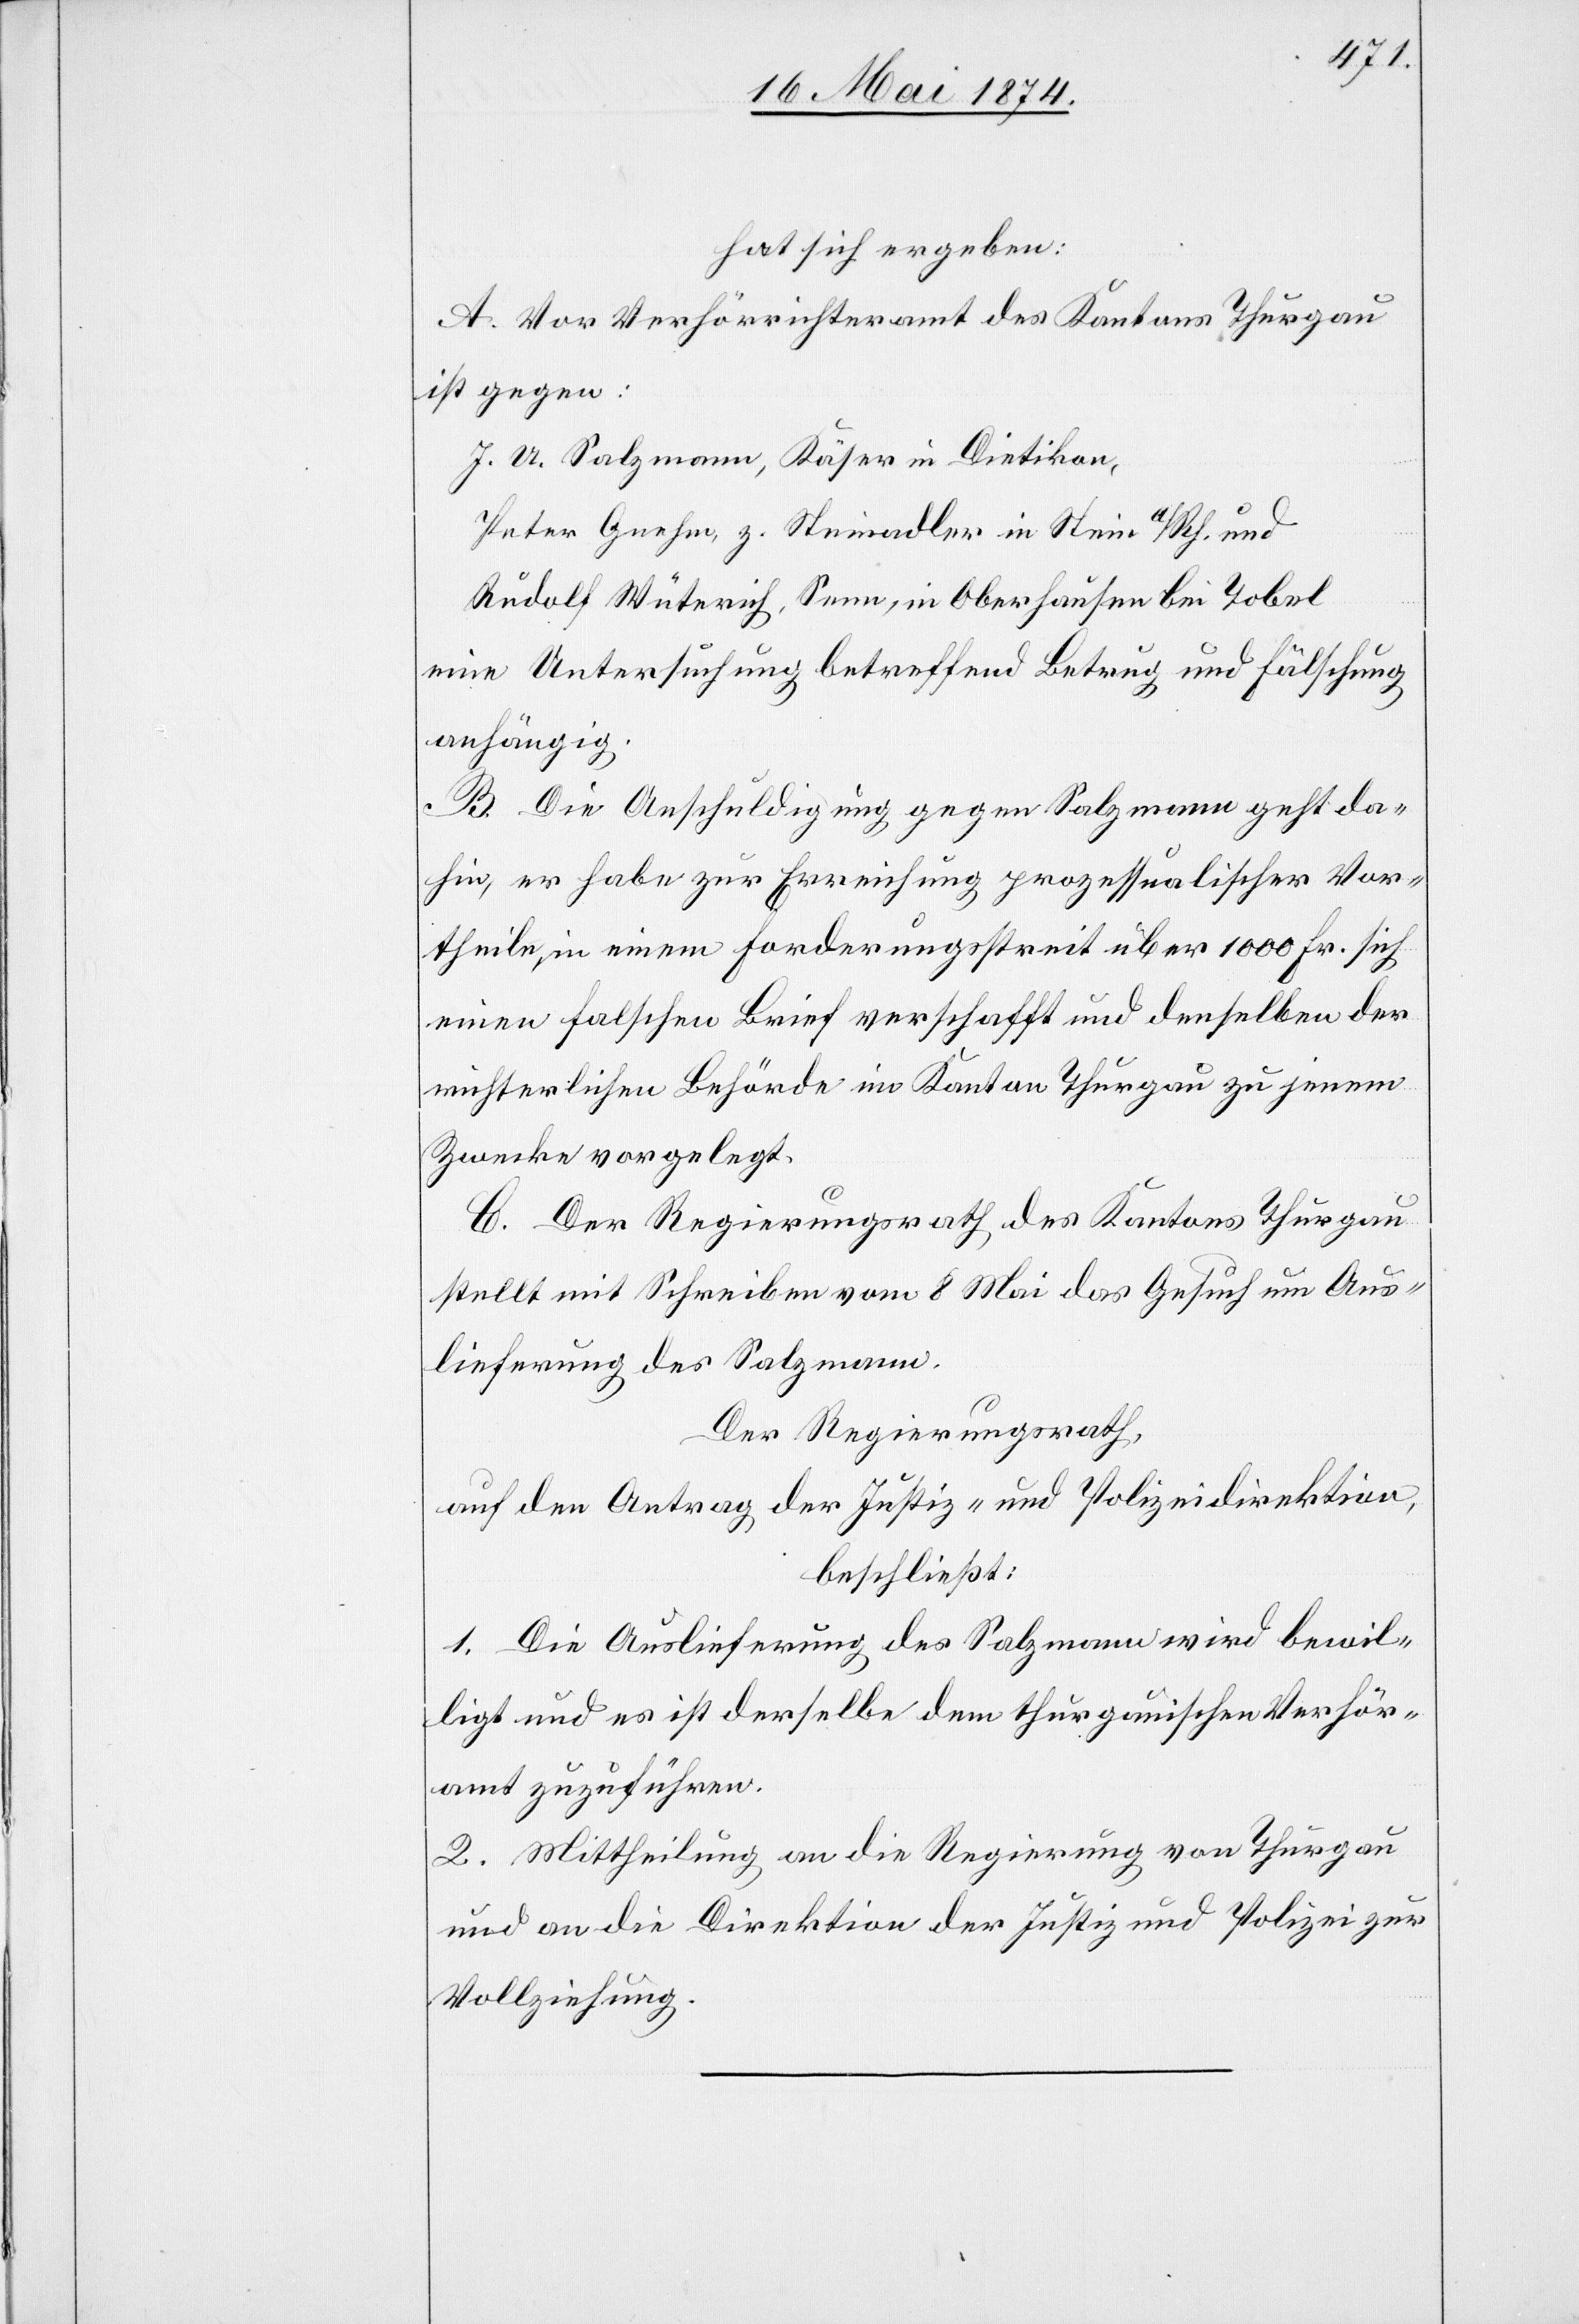
hat sich ergeben:
A. Vor Verhörrichteramt des Kantons Thurgau
ist gegen:
J. U. Salzmann, Käser in Dietikon,
Peter Gnehm, z. Steinadler in Stein a/Rh. und
Rudolf Wütrich, Senn, in Oberhausen bei Tobel
eine Untersuchung betreffend Betrag und Fälschung
anhängig.
B. Die Anschuldigung gegen Salzmann geht da¬
hin, er habe zur Erreichung prozessualischer Vor¬
theile, in einem Forderungsstreit über 1000 Fr. sich
einen falschen Brief verschafft und denselben der
richterlichen Behörde im Kanton Thurgau zu jenem
Zwecke vorgelegt.
C. Der Regierungsrath des Kantons Thurgau
stellt mit Schreiben vom 8. Mai das Gesuch um Aus¬
lieferung des Salzmann.
Der Regierungsrath,
auf den Antrag der Justiz- und Polizeidirektion,
beschließt:
1. Die Auslieferung des Salzmann wird bewil¬
ligt und es ist derselbe dem thurgauischen Verhör¬
amt zuzuführen.
2. Mittheilung an die Regierung von Thurgau
und an die Direktion der Justiz und Polizei zur
Vollziehung.